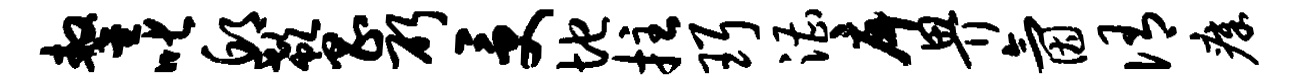
鏊叱邱欷昌斫受地拄珥漕戽畀氤侑瘴